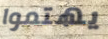
يهتموا